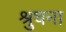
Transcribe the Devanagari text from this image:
श्रुघना